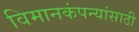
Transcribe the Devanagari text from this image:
विमानकंपन्यांसाठी